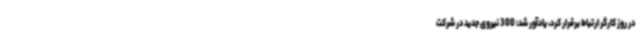
در روز کارگر ارتباط برقرار کرد، یادآور شد: 300 نیروی جدید در شرکت